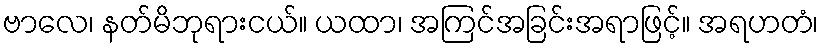
ဗာလေ၊ နတ်မိဘုရားငယ်။ ယထာ၊ အကြင်အခြင်းအရာဖြင့်။ အရဟတံ၊